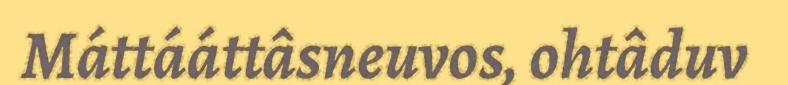
Máttááttâsneuvos, ohtâduv